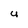
Character: U